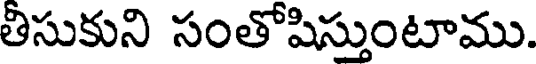
తిసుకుని సంతోషిస్తుంటాము.